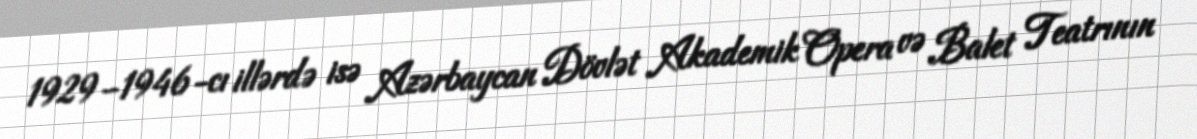
1929–1946-cı illərdə isə Azərbaycan Dövlət Akademik Opera və Balet Teatrının